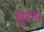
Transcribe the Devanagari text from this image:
सुरगा